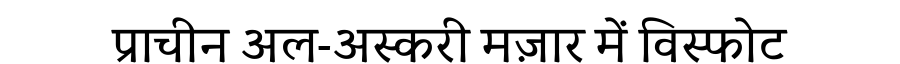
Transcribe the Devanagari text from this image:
प्राचीन अल-अस्करी मज़ार में विस्फोट